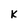
Character: K